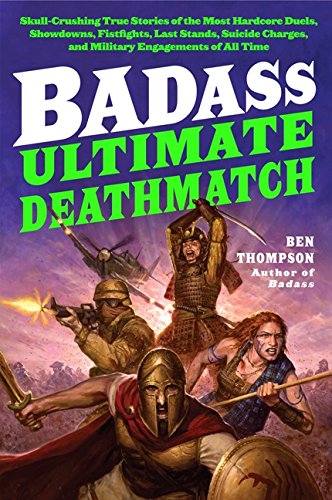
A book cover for Badass: Ultimate Deathmatch: Skull-Crushing True Stories of the Most Hardcore Duels, Showdowns, Fistfights, Last Stands, Suicide Charges, and Military Engagements of All Time (Badass Series); Ben Thompson; Biographies & Memoirs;